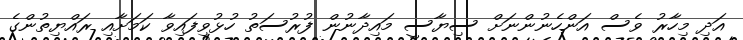
އަދި މިހާރު ވެސް އަންހެނުންނަށް ސިޔާސީ މައިދާނުން ފުރުސަތު ހުޅުވިފައިވާ ކަމަށާއި ރައްޔިތުންގެ